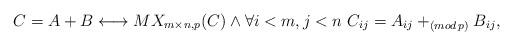
LaTeX: \begin{align*} &C = A+B \longleftrightarrow MX_{m\times n,p}(C) \wedge\forall i<m,j<n \,\,C_{ij}= A_{ij}+_{(mod\,p)}B_{ij}, \end{align*}